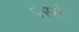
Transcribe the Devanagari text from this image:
पेंस्के